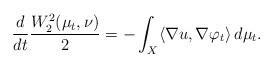
LaTeX: \begin{align*}\frac{d}{dt} \frac{W_2^2(\mu_t,\nu)}{2} =- \int_X \langle \nabla u , \nabla \varphi_t \rangle \,d\mu_t . \end{align*}